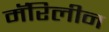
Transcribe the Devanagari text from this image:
मॅरिलीन